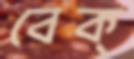
বেক্